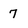
Character: 7